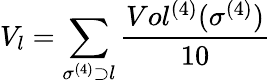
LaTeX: V_{l}=\sum_{\sigma^{(4)}\supset l}\frac{Vol^{(4)}(\sigma^{(4)})}{10}